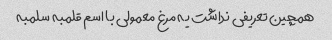
همچین تعریفی نداشت یه مرغ معمولی با اسم قلمبه سلمبه